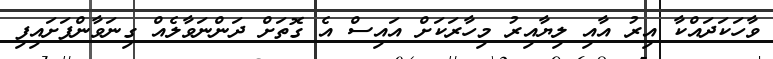
ވާހަކަދައްކާ އިރު އާއި ލިޔާއިރު މިހާރަކަށް އައިސް އެ ގޮތަށް ދަންނަވާލެއް ގިނަވާންފަށައިފި